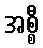
အစ္စီ